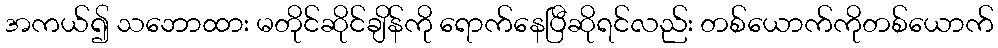
အကယ်၍ သဘောထား မတိုင်ဆိုင်ချိန်ကို ရောက်နေပြီဆိုရင်လည်း တစ်ယောက်ကိုတစ်ယောက်